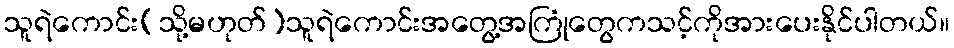
သူရဲကောင်း(သို့မဟုတ်)သူရဲကောင်းအတွေ့အကြုံတွေကသင့်ကိုအားပေးနိုင်ပါတယ်။